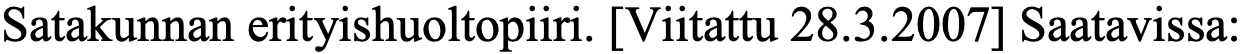
Satakunnan erityishuoltopiiri. [Viitattu 28.3.2007] Saatavissa: